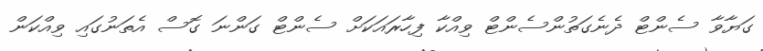
ގަޔާވާ ސެންޓް ދެނެގަތުންސެންޓް ވިއްކާ ފިހާރައަކަށް ސެންޓް ގަންނަ ގޮސް އެތަނުގައި ވިއްކަން